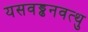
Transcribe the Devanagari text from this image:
यसवड्ढनवत्थु